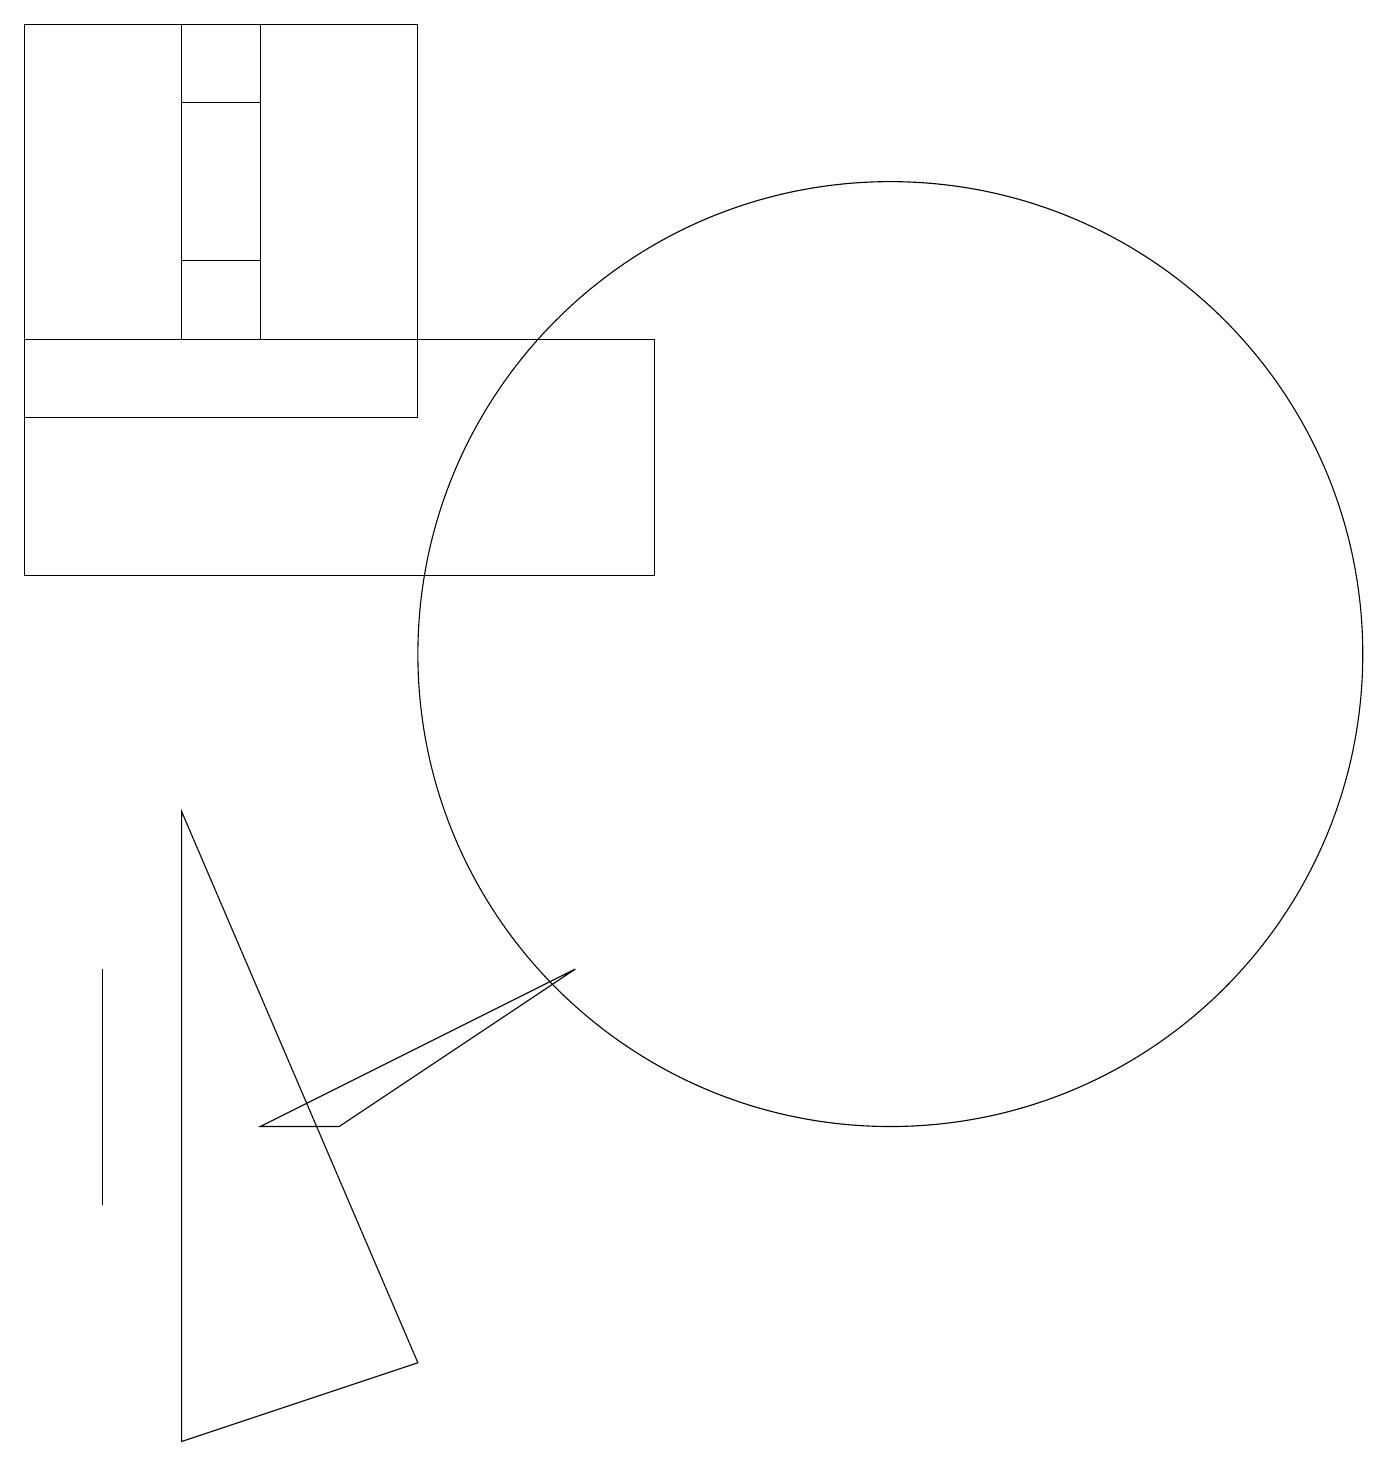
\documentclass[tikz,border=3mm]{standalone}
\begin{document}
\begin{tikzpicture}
\draw (2,4) -- (2,5) -- (2,7) -- cycle;
\draw (1,12) rectangle (9,15);
\draw (1,14) rectangle (6,19);
\draw (3,18) rectangle (4,16);
\draw (12,11) circle (6);
\draw (5,5) -- (8,7) -- (4,5) -- cycle;
\draw (3,1) -- (3,9) -- (6,2) -- cycle;
\draw (3,19) rectangle (4,15);
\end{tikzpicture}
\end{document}